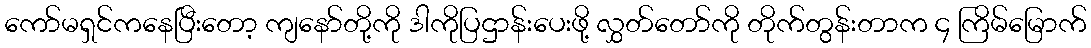
ကော်မရှင်ကနေပြီးတော့ ကျနော်တို့ကို ဒါကိုပြဌာန်းပေးဖို့ လွှတ်တော်ကို တိုက်တွန်းတာက ၄ ကြိမ်မြောက်